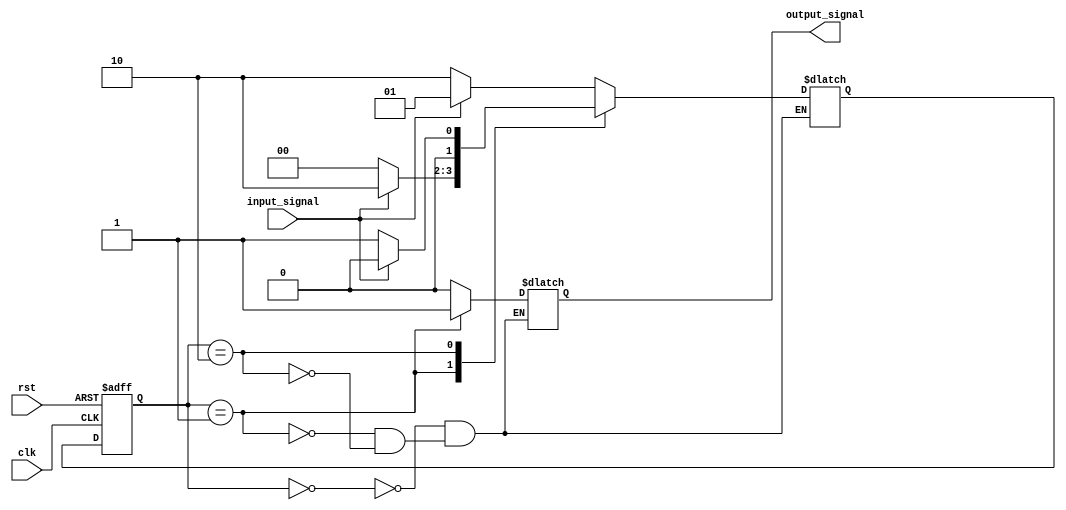
module state_machine
(
    input wire clk,         // clock input
    input wire rst,         // reset input
    input wire input_signal,    // input signal
    output reg output_signal     // output signal
);

// State encoding
parameter stateA = 2'b00;   // Define state A
parameter stateB = 2'b01;   // Define state B
parameter stateC = 2'b10;   // Define state C

// Define state register
reg [1:0] current_state, next_state;

// State transition logic
always @(posedge clk or posedge rst)
begin
    if (rst)    // Reset condition
        current_state <= stateA;   // Reset to initial state A
    else
        current_state <= next_state;    // Update current state with next state
end

// State machine logic
always @(current_state, input_signal)
begin
    case (current_state)
        stateA: begin
            // State A logic
            if (input_signal)
                next_state = stateB;    // Transition to state B
            else
                next_state = stateC;    // Transition to state C
        end
        stateB: begin
            // State B logic
            if (input_signal)
                next_state = stateC;    // Transition to state C
            else
                next_state = stateA;    // Transition to state A
        end
        stateC: begin
            // State C logic
            if (input_signal)
                next_state = stateA;    // Transition to state A
            else
                next_state = stateB;    // Transition to state B
        end
    endcase
end

// Output logic
always @(current_state)
begin
    case (current_state)
        stateA: output_signal = 1'b0;   // Set output signal for state A
        stateB: output_signal = 1'b1;   // Set output signal for state B
        stateC: output_signal = 1'b0;   // Set output signal for state C
    endcase
end

endmodule